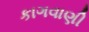
કાગવાણી